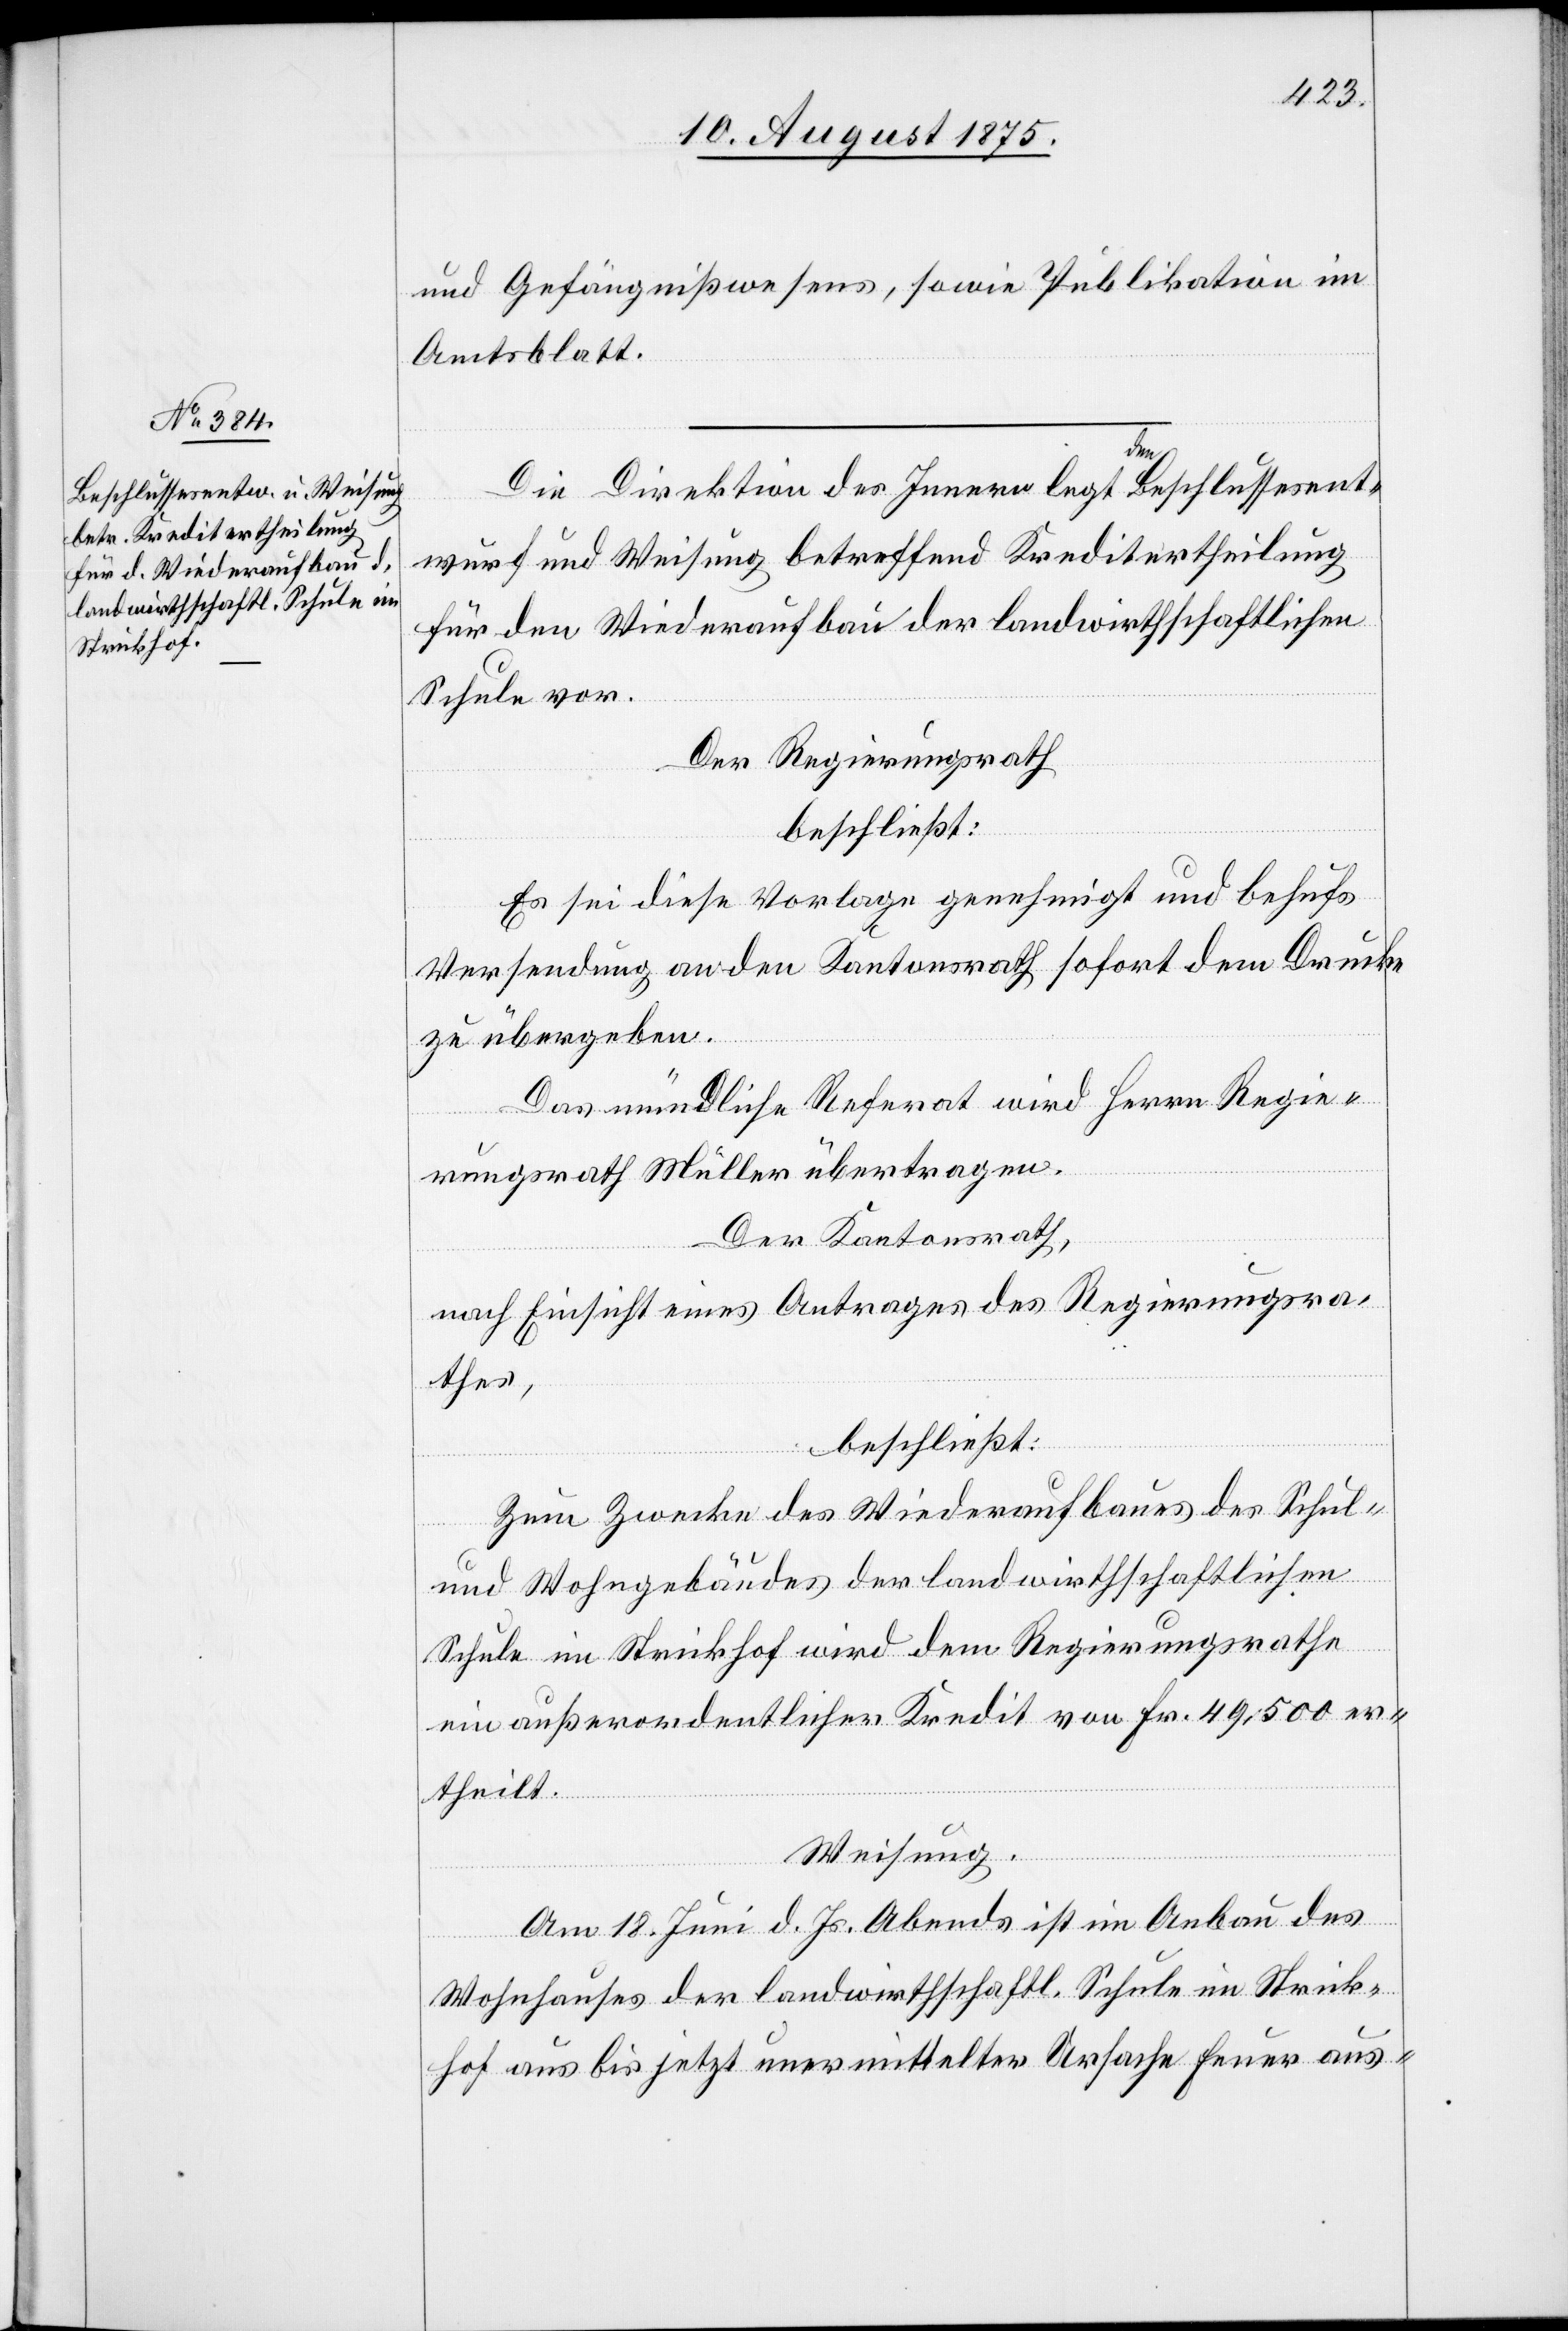
und Gefängnißwesens, sowie Publikation im
Amtsblatt.
Die Direktion des Innern legt den Beschlussesent¬
wurf und Weisung betreffend Kreditertheilung
für den Wiederaufbau der landwirthschaftlichen
Schule vor.
Der Regierungsrath
beschließt:
Es sei diese Vorlage genehmigt und behufs
Versendung an den Kantonsrath sofort dem Drucke
zu übergeben.
Das mündliche Referat wird Herrn Regie¬
rungsrath Müller übertragen.
Der Kantonsrath,
nach Einsicht eines Antrages des Regierungsra¬
thes,
beschließt:
Zum Zwecke des Wiederaufbaus des Schul-
und Wohngebäudes der landwirthschaftlichen
Schule im Strickhof wird dem Regierungsrathe
ein außerordentlicher Kredit von Fr. 49,500 er¬
theilt.
Weisung.
Am 18. Juni d. Js. Abends ist im Anbau des
Wohnhauses der landwirthschaftl. Schule im Strick¬
hof aus bis jetzt unermittelter Ursache Feuer aus-